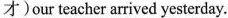
才)our teacher arrived yesterday.